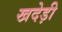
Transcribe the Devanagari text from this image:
खदेड़ी